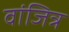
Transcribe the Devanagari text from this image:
वांजित्र